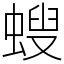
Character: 螋